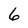
Character: 6